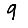
Digit: 9